Trukikaitis_Postimees, lk 15
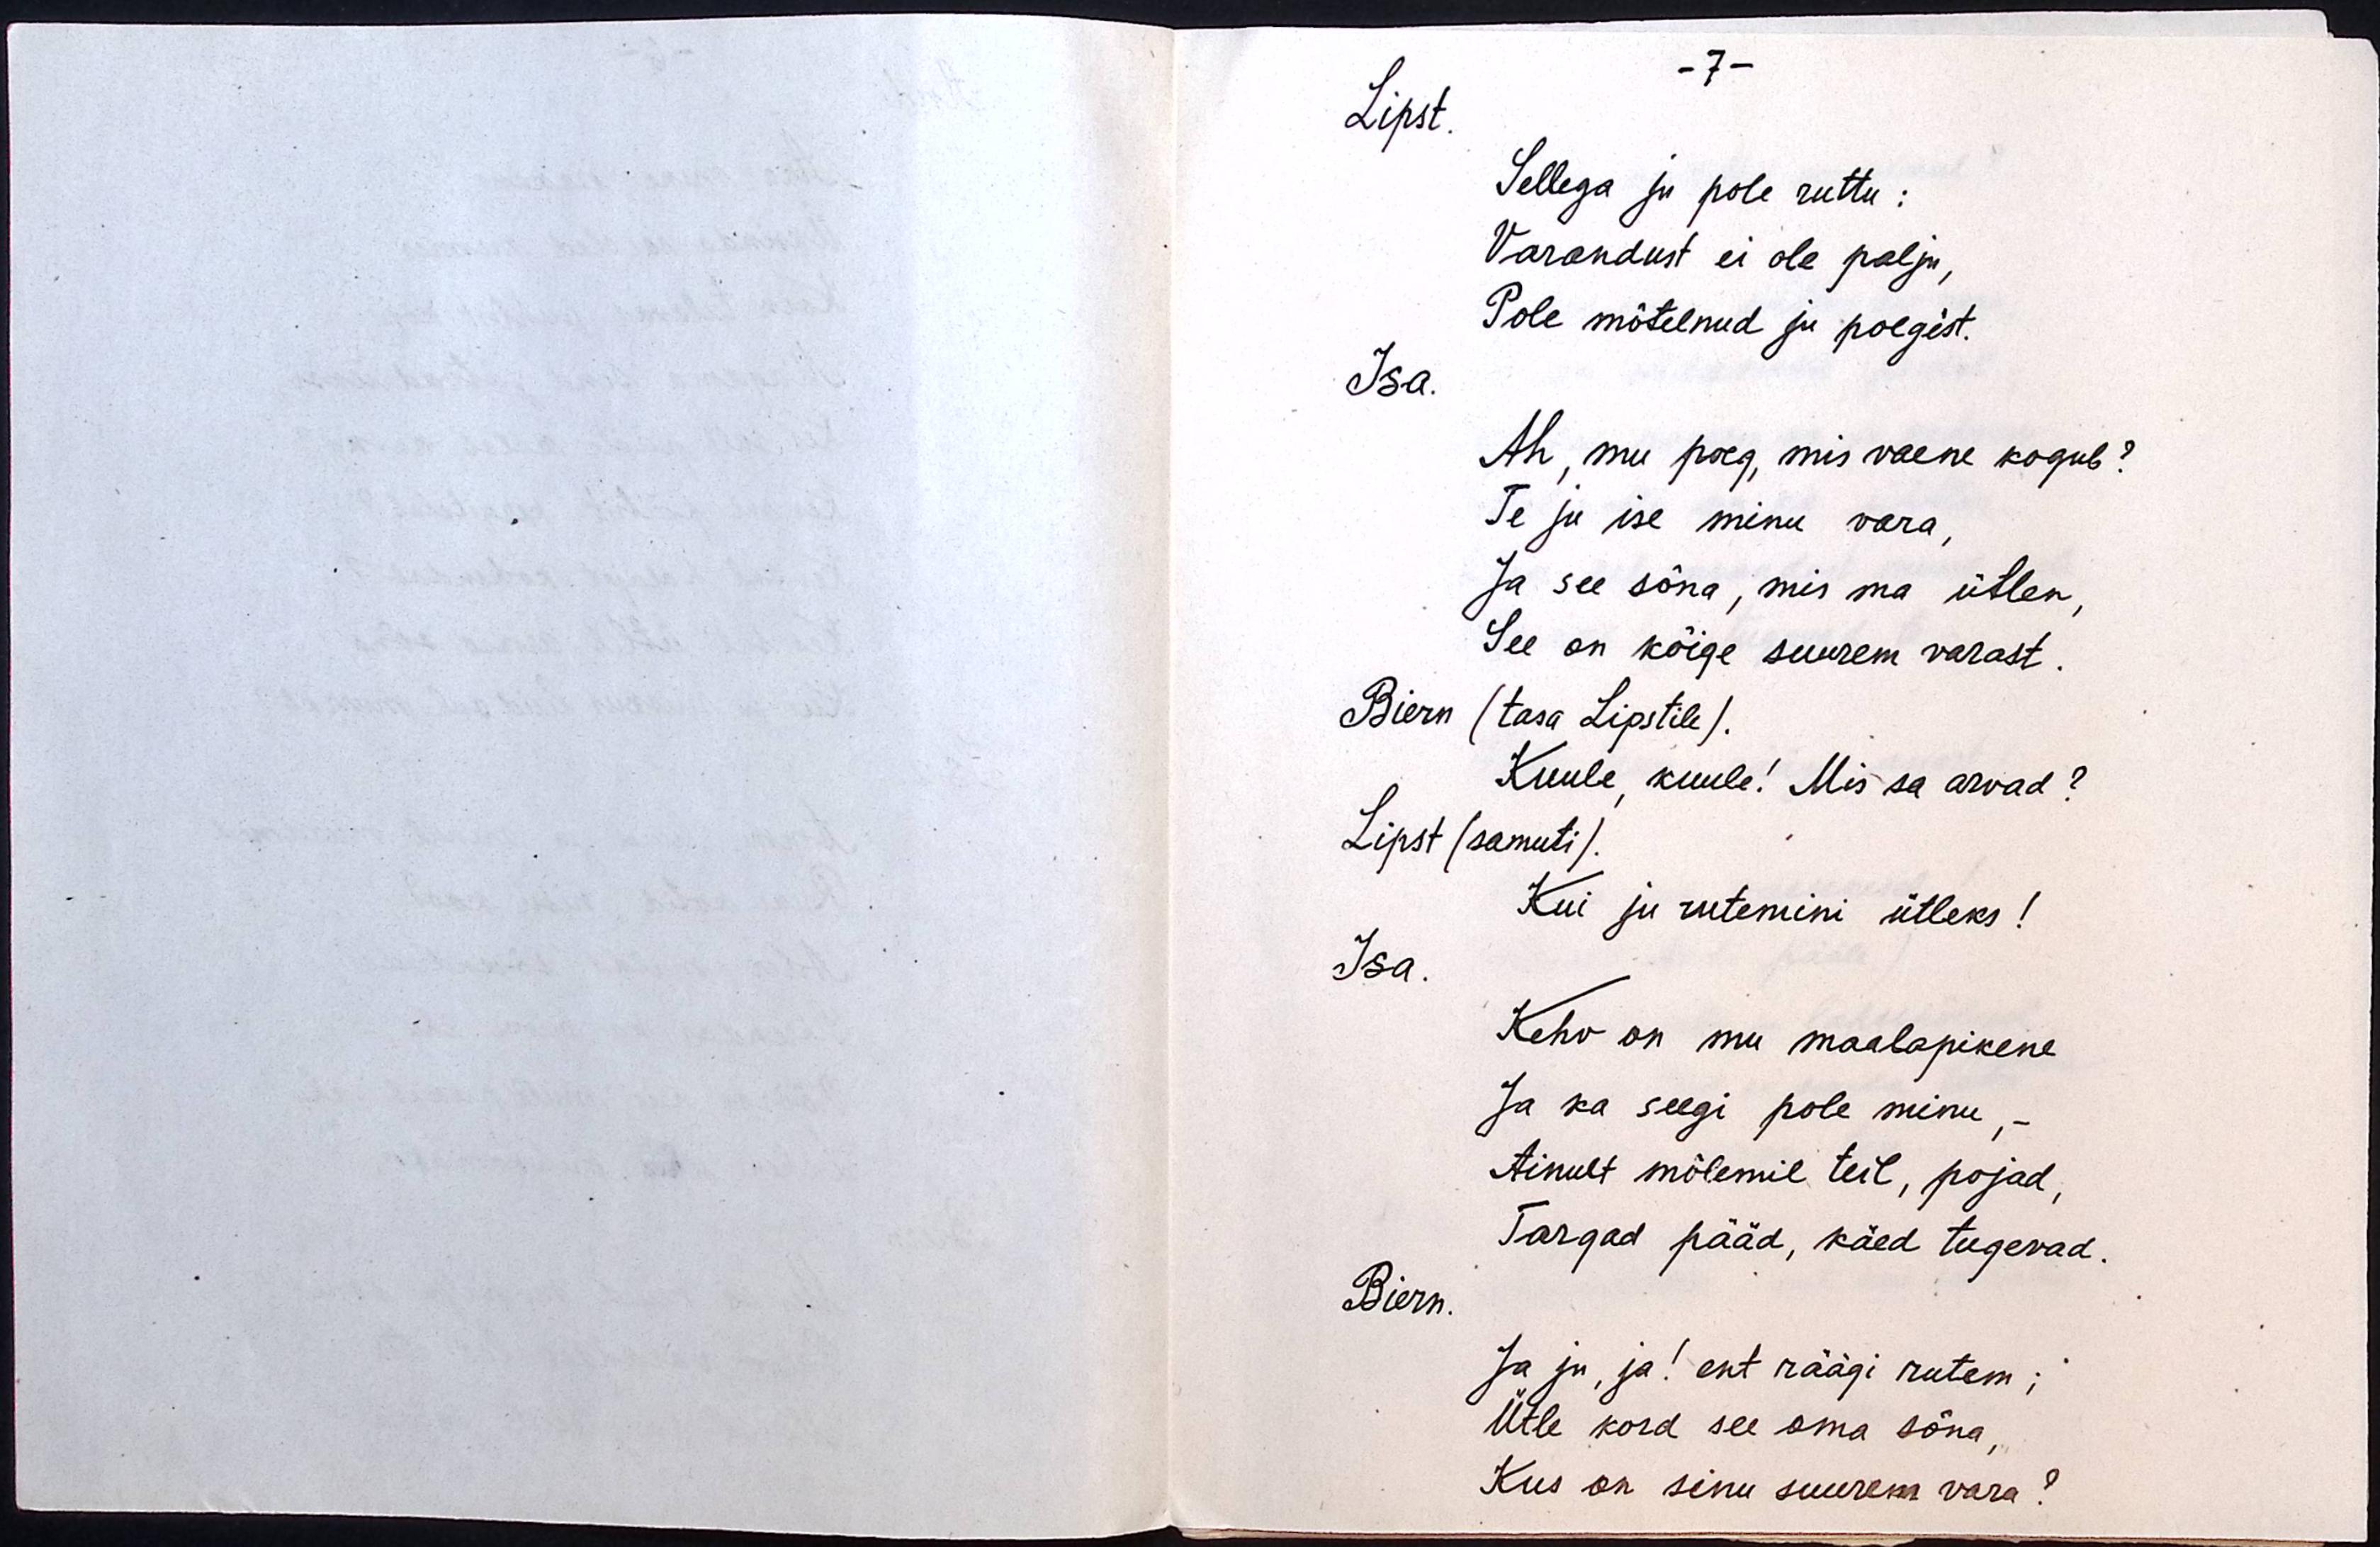
- 7 -
Lipst.
Sellega ju pole ruttu:
Varandust ei ole palju,
Pole mõtelnud ju poegist.
Isa.
Ah, mu poeg, mis vaene kogub?
Te ju ise minu vara,
Ja see sõna, mis ma ütlen,
See on kõige suurem varast.
Biern (tasa Lipstile).
Kuule, kuule! Mis sa arvad?
Lipst (samuti).
Kui ju rutemini ütleks!
Isa.
Kehv on mu maalapikene
Ja ka seegi pole minu, -
Ainult mõlemil teil, pojad,
Targad pääd, käed tugevad.
Biern.
Ja ju, ja! ent räägi rutem;
Ütle kord see oma sõna,
Kus on sinu suurem vara?